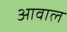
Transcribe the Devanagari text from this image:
आवाल